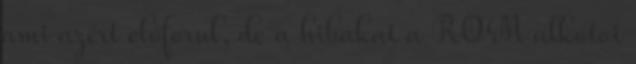
ami azért előforul, de a hibákat a ROM alkotoi